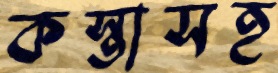
কস্তাসহ